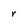
Character: r